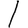
Digit: 1